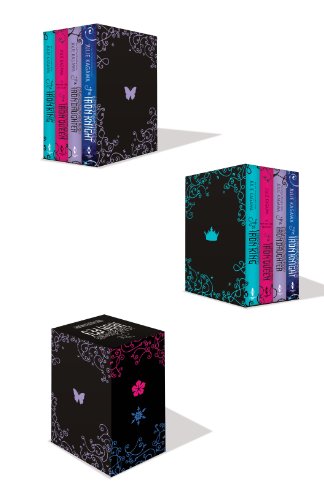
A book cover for The Iron Fey Boxed Set: The Iron King, The Iron Daughter, The Iron Queen, The Iron Knight; Julie Kagawa; Teen & Young Adult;